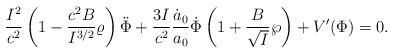
LaTeX: \begin{align*}{I^2\over c^2}\left(1-{{c^2B}\over I^{3/2}}\varrho\right)\ddot{\Phi}+{{3I}\over{c^2}}{\dot{a}_0\over a_0}\dot{\Phi}\left(1+{B\over\sqrt{I}}\wp\right)+V^{\prime}(\Phi)=0.\end{align*}